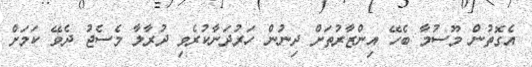
އެގޮތުން މޫސުމާ ބެހޭ އިންޒާރުތަށް ދިނުން ހަރުދަނާކުރެވި ދުރާލާ މެސެޖު ދެވޭ ކަމަަށް